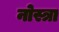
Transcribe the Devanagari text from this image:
नोस्त्रा